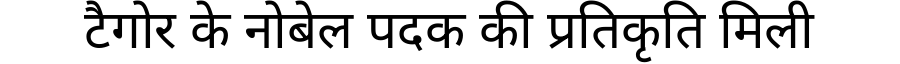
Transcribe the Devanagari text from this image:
टैगोर के नोबेल पदक की प्रतिकृति मिली